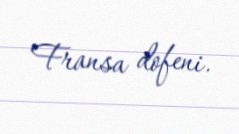
Fransa dofeni.